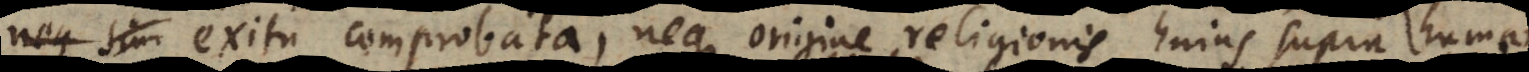
exitu comprobata, neque origine religionis hujus supra hum